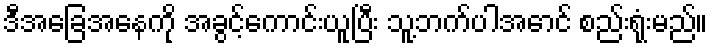
ဒီအခြေအနေကို အခွင့်ကောင်းယူပြီး သူ့ဘက်ပါအောင် စည်းရုံးမည်။